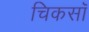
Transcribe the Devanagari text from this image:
चिकसॉ